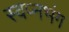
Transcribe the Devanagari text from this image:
स्वप्नभंग